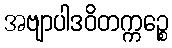
အဗျာပါဒဝိတက္ကဉ္စေ